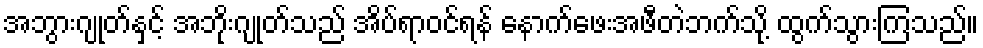
အဘွားဂျုတ်နှင့် အဘိုးဂျုတ်သည် အိပ်ရာဝင်ရန် နောက်ဖေးအဖီတဲဘက်သို့ ထွက်သွားကြသည်။